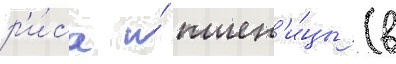
р'и́са и́ пшен'и́цы (в